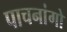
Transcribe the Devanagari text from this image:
पाचनांगो